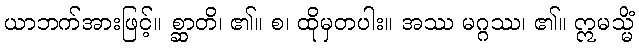
ယာဘက်အားဖြင့်။ စ္ဆာတိ၊ ၏။ စ၊ ထိုမှတပါး။ အဿ မဂ္ဂဿ၊ ၏။ ဣမသ္မိံ